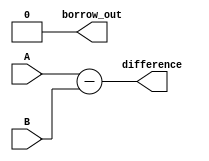
module ripple_subtractor (
    input [3:0] A,
    input [3:0] B,
    output [3:0] difference,
    output borrow_out
);

assign difference = A - B;

assign borrow_out = 1'b0;

endmodule